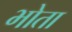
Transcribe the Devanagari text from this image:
भोता